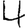
Digit: 4